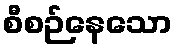
စီစဉ်နေသော